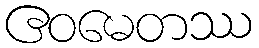
ဧဝမေတဿ